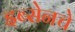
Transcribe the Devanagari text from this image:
इब्सेनचे